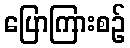
ပြောကြားစဉ်